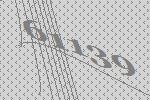
61139